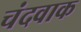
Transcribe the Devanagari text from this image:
चंदवाक